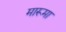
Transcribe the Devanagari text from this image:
मारूमा